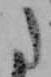
た